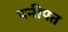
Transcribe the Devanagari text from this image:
पनीपत